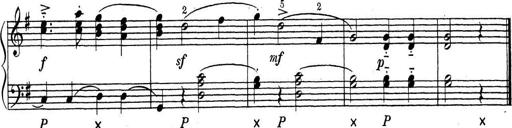
Title: ÄŒeskÃ© Sonatiny
Composer: Various